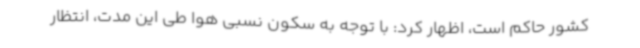
کشور حاکم است، اظهار کرد: با توجه به سکون نسبی هوا طی این مدت، انتظار